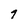
Character: 9